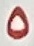
٥